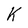
Character: K